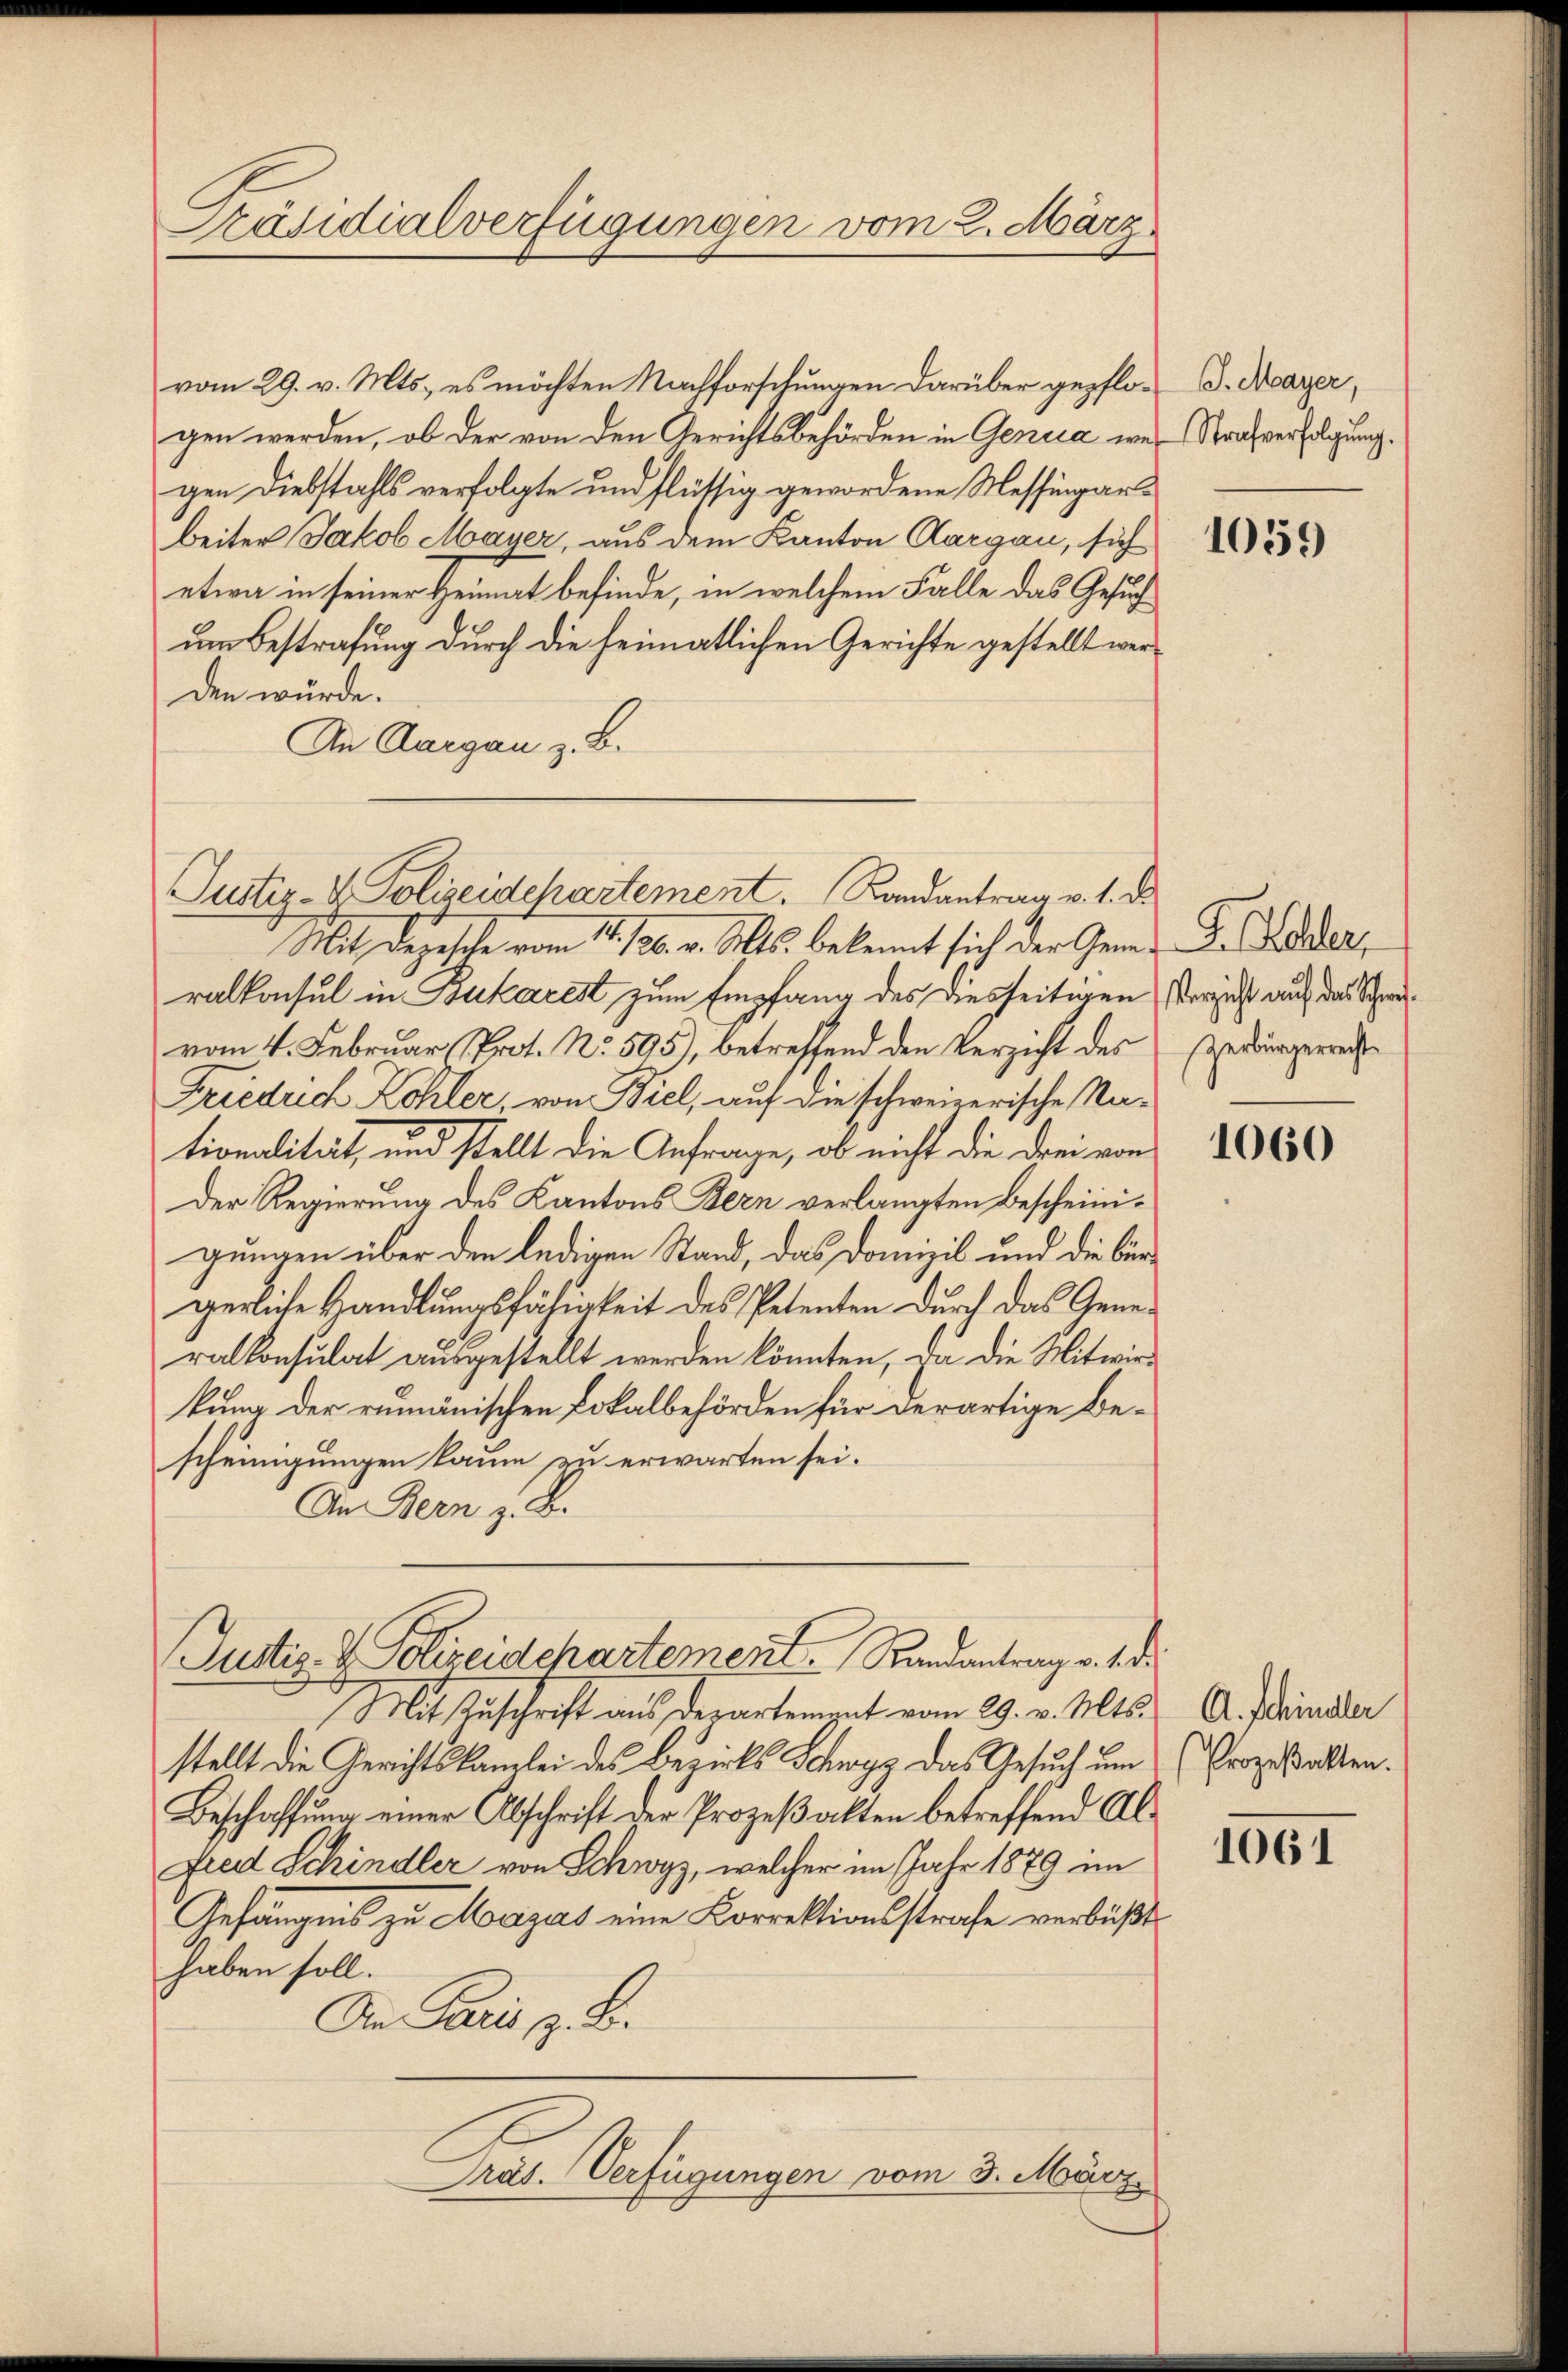
Präsidialverfügungen vom 2. März

vom 29. v. Mts., es möchten Nachforschungen darüber gepflo-G. Mayer,
gen werden, ob der von den Gerichtsbehörden in Genua, was Strafverfolgung.
gen Diebstahls verfolgte und flüssig gewordene Messingarbeiter Jakob Mayer, aus dem Kanton Aargau, sich
etwa in seiner Heimat befinde, in welchem Falle das Gesuch
um Bestrafung durch die heimatlichen Gerichte gestellt werden würde.
An Aargau z. B.

Justiz- & Polizeidchartement. Randantrag v. 1. ds.

Mit Depesche vom 15./20. v. Mts. bekannt sich der Gem. D. der
ralkonsul in Bukarest zum Empfang des diesseitigen Vergeht auf das Schweivom 4. Februar Prot. No. 595), betreffend den Verzicht des
Friedrich Kohler, von Biel, auf die schweizerische Na-
tionalität, und stellt die Anfrage, ob nicht die drei von
Der Regierung des Kantons Bern verlangten Bescheinigungen über den ledigen Stand, das Domizil und die bürgerliche Handlungsfähigkeit des Petenten durch das Generalkonsulat ausgestellt werden könnten, da die Mitwirkung der rumänischen Lokalbehörden für derartige Bescheinigungen kaum zu erwarten sei.
An Bern z. B.

Justiz- & Polizeidchartement. Randantrag v. 1. d.

Mit Zuschrift aus derartement vom 29. v. Mts. A. Schinder
stellt die Gerichtskanzlei des Bezirks Schwyz das Gesuch um
Beschaffŭng einer Abschrift der Prozeβalten betreffend Al-
Fred Schindler von Schwyz, welcher im Jahr 1879 im
Gefängnis zu Magas eine Korrektionsstrafe verbüßt
haben soll.
Die Paris z. B.
Präs. Verfügungen vom 3. März

1059

zerbürgerrecht

1060

(Prozeßakten.

1061